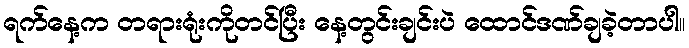
ရက်နေ့က တရားရုံးကိုတင်ပြီး နေ့တွင်းချင်းပဲ ထောင်ဒဏ်ချခဲ့တာပါ။